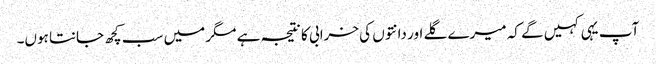
آپ یہی کہیں گے کہ میرے گلے اور دانتوں کی خرابی کا نتیجہ ہے مگر میں سب کچھ جانتا ہوں۔